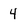
Character: 4